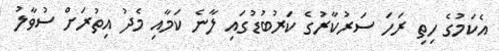
އެކަމުގެ ހިތި ރަހަަ ސަރުކާރުގެ ކަރުބުޑުގައި ލާނެ ކަމާއި މެދު އިތުރަށް ސުވާލު